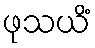
ဖုသယိံ